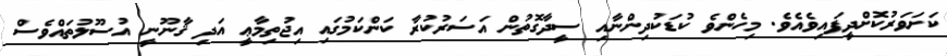
ކަށަވަރުކޮށްދީފައިވެއެވެ. މިހެންވެ ކުޑަކުދިންނާއި ސީދާގޮތުން އަސަރުކުރާ ކަންކަމުގައި އިޖުތިމާޢީ އަދި ޤާނޫނީ އުސޫލުތައްވެސް